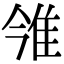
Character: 雂